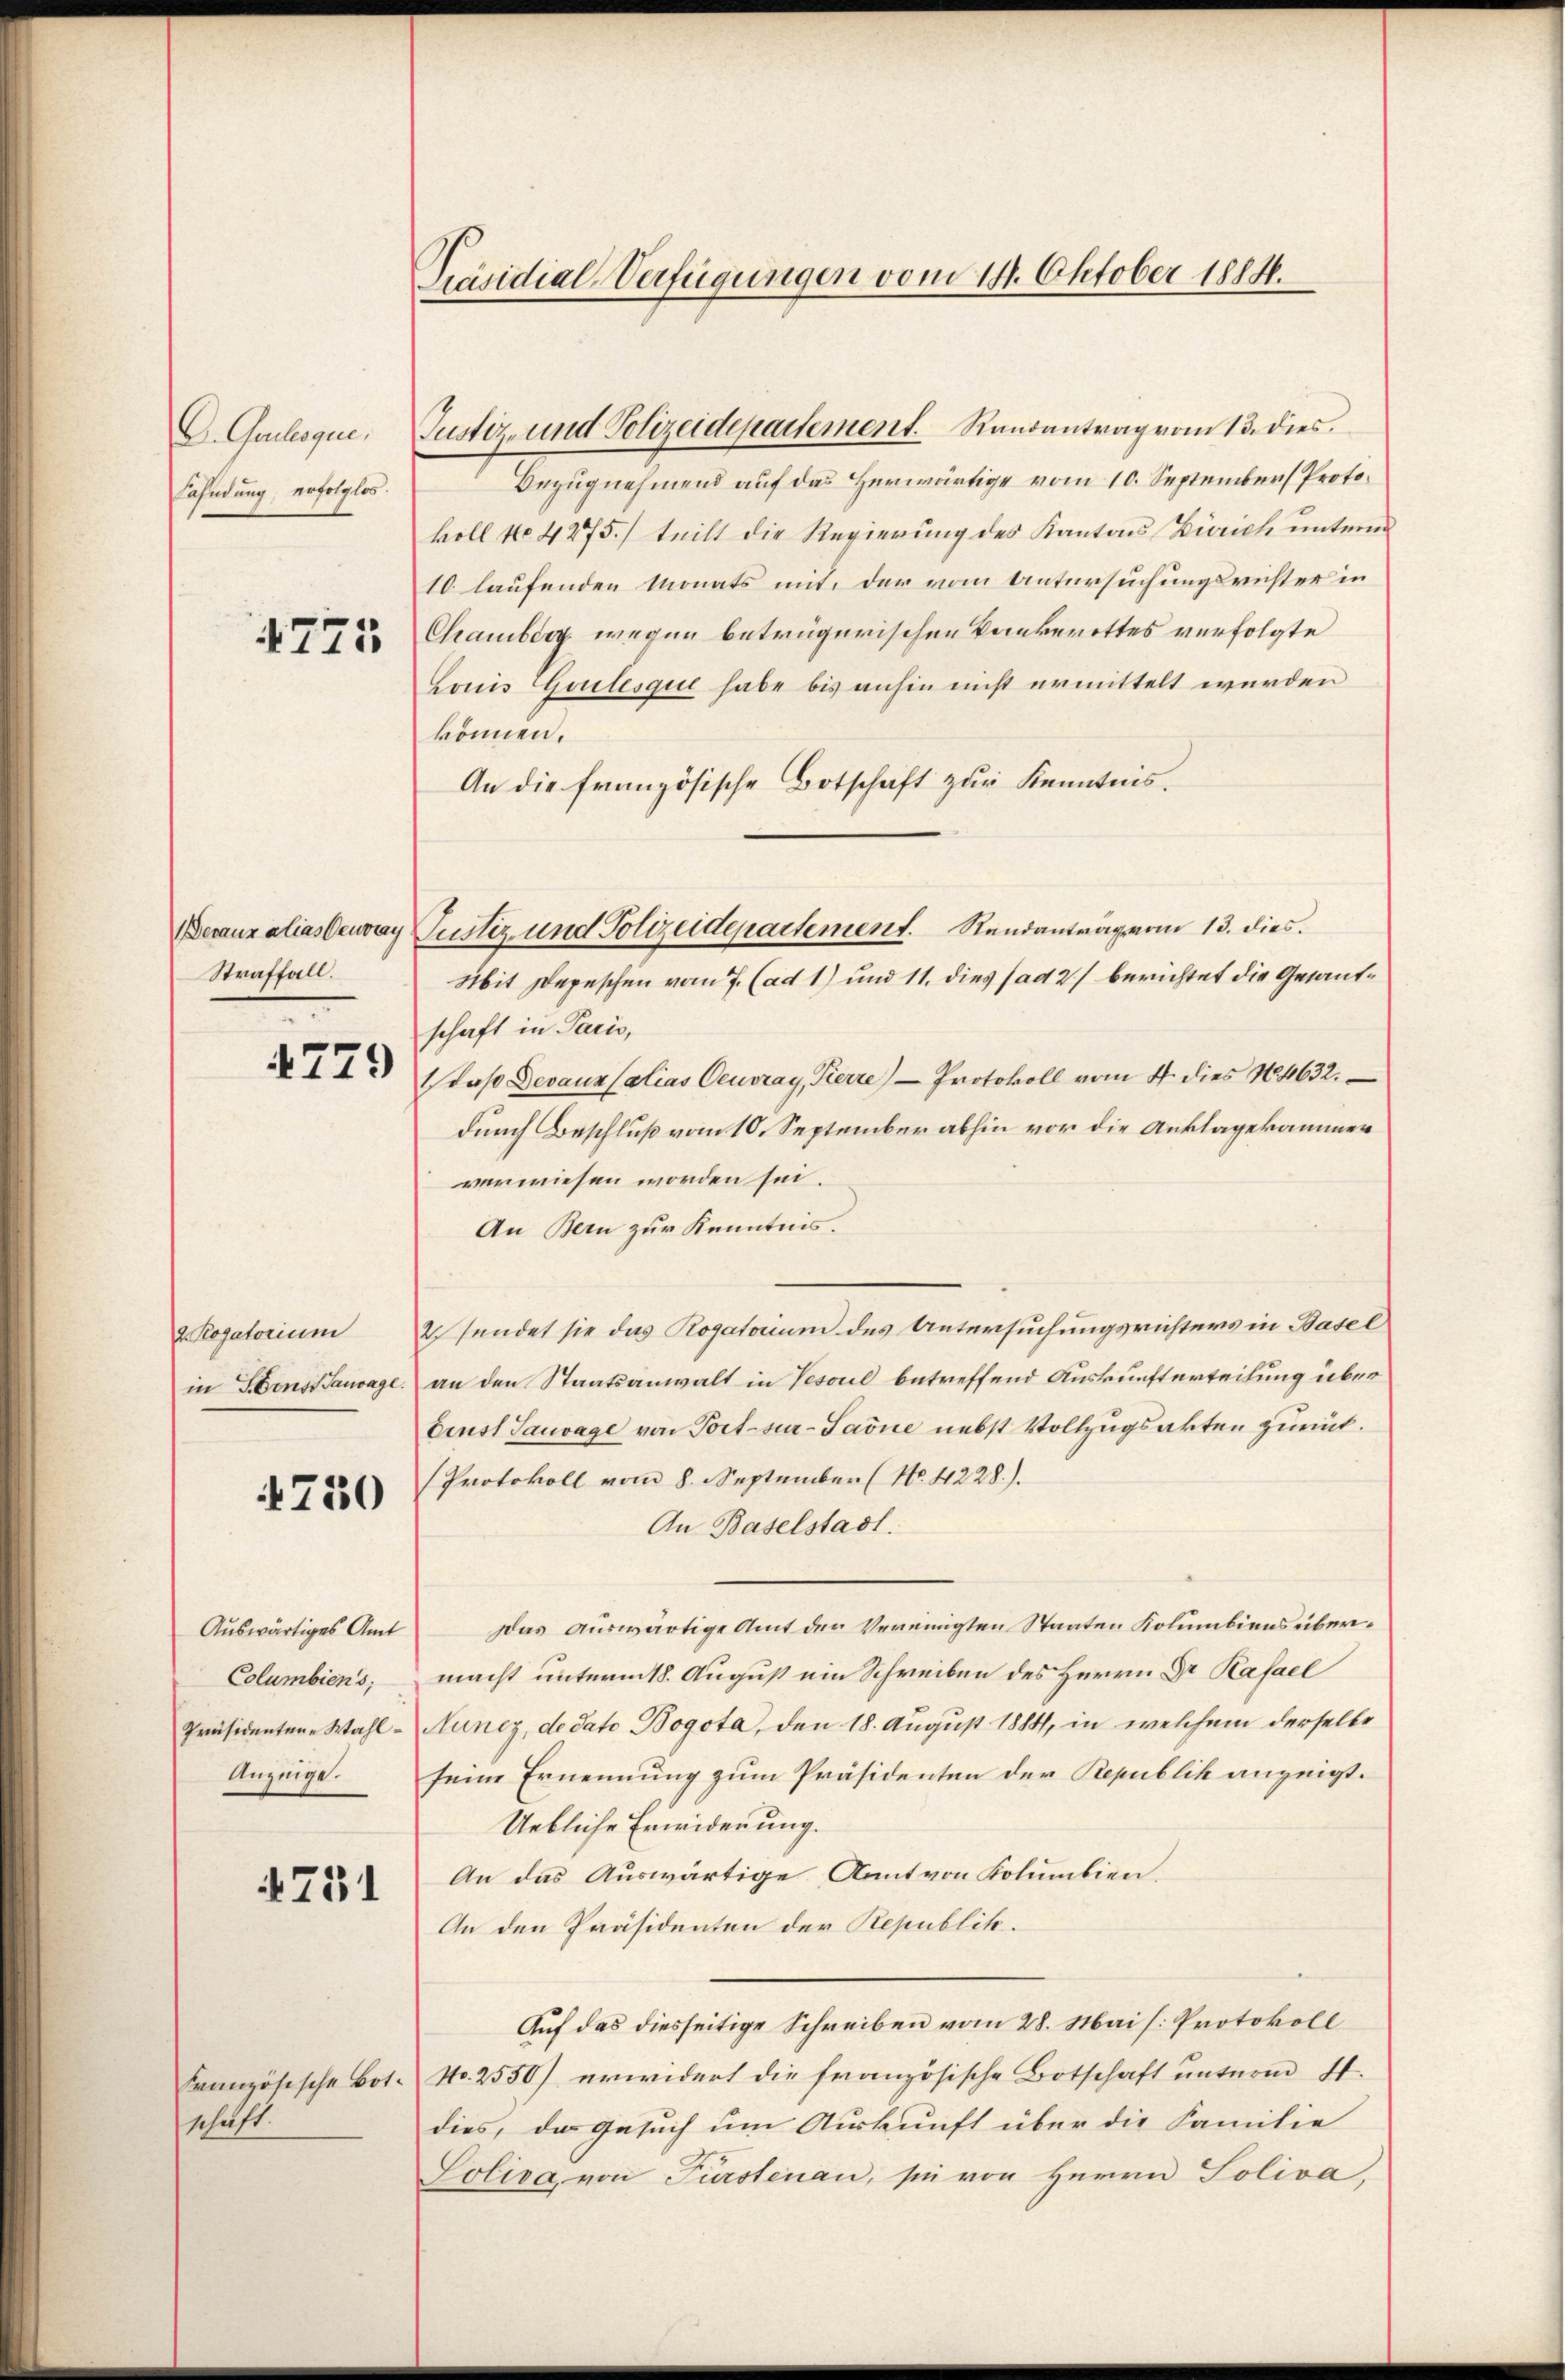
D. Galloque,
Fahndung erfolglos.

4771

Devaux alias Deuvay
Straffall.

4779

2. Rogatorium
in Brust Sauvage.

4750

Auswärtiges Amt
Columbiens;
Präsidentene Wahl¬
Anzeige.

4731

Französische Botschäft.

Präsidial-Verfügungen vom 14. Oktober 1884.

Justiz- und Polizeidepartement. Randantrag vom 13. dies
Bezugnehmend auf das Herwärtige vom 10. September Protokoll No 4275.) teilt die Regierung des Kantons Zürich unterm
10 laufenden Monats mit, der vom Untersuchungsrichter in
Chamberg wegen betrügerischen Bankerottes verfolgte
Louis Gutesque habe bis anhin nicht ermittelt wurden
können.
An die französische Botschaft zur Kenntnis.
Justiz und Polizeidepartement. Randantrag vom 13. dies
Mit Depeschen vom 7. (ad 1) und 11. dies ad 2) berichtet die Gesantschaft in Paris,
1 daß Devaux (alias Ceuvray, Tierre Protokoll vom 4. dies N. 4632.
durch Beschluß vom 10. September abhin vor die Anklagekammer
verwiesen worden sei.
An Bern zur Kenntnis.
2. sendet sie das Rogatorium des Untersuchungsrichters in Basel
an den Staatsanwalt in Vesoul betreffend Auskunfterteilung über
brust Sauvage von Port-sur-Saone nebst Vollzugsakten zurück.
Protokoll vom 8. September (No. 4228).
An Baselstadt.
Das auswärtige Amt der Vereinigten Staaten Kolumbiens übermacht unterm 18. August ein Schreiben des Herrn Dr Kafael
Aunez, de dato Bogota, den 18. August 1884, in welchem derselbe
seine Ernennung zum Präsidenten der Republik anzeigt.
Uebliche Erwiderung.
An das Auswärtige Ant von Kolumbien.
An den Präsidenten der Republik.
Auf das diesseitige Schreiben vom 28. Mai [Protokoll
No. 2550) erwidert die französische Botschaft unterm 4.
dies, das Gesuch um Auskunft über die Familie
Soliva, von Fürstenau, sie von Herrn Soliva,